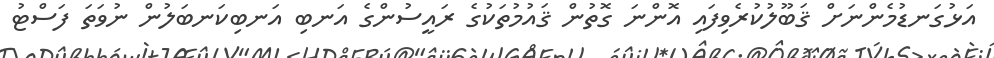
އަޅުގަނޑުމެންނަށް ޤަބޫލުކުރެވިފައި އޮންނަ ގޮތުން ޤައުމުތަކުގެ ރައީސުންގެ އަނބި އަނބިކަނބަލުން ނުވަތަ ފަސްޓު